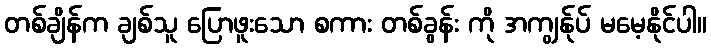
တစ်ချိန်က ချစ်သူ ပြောဖူးသော စကား တစ်ခွန်း ကို အကျွန်ုပ် မမေ့နိုင်ပါ။